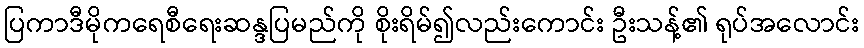
ပြကာဒီမိုကရေစီရေးဆန္ဒပြမည်ကို စိုးရိမ်၍လည်းကောင်း ဦးသန့်၏ ရုပ်အလောင်း